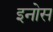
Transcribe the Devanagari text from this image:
इनोस